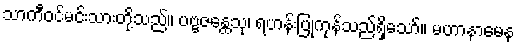
သာကီဝင်မင်းသားတို့သည်။ ပဗ္ဗဇန္တေသု၊ ရဟန်းပြုကုန်သည်ရှိသော်။ မဟာနာမေန